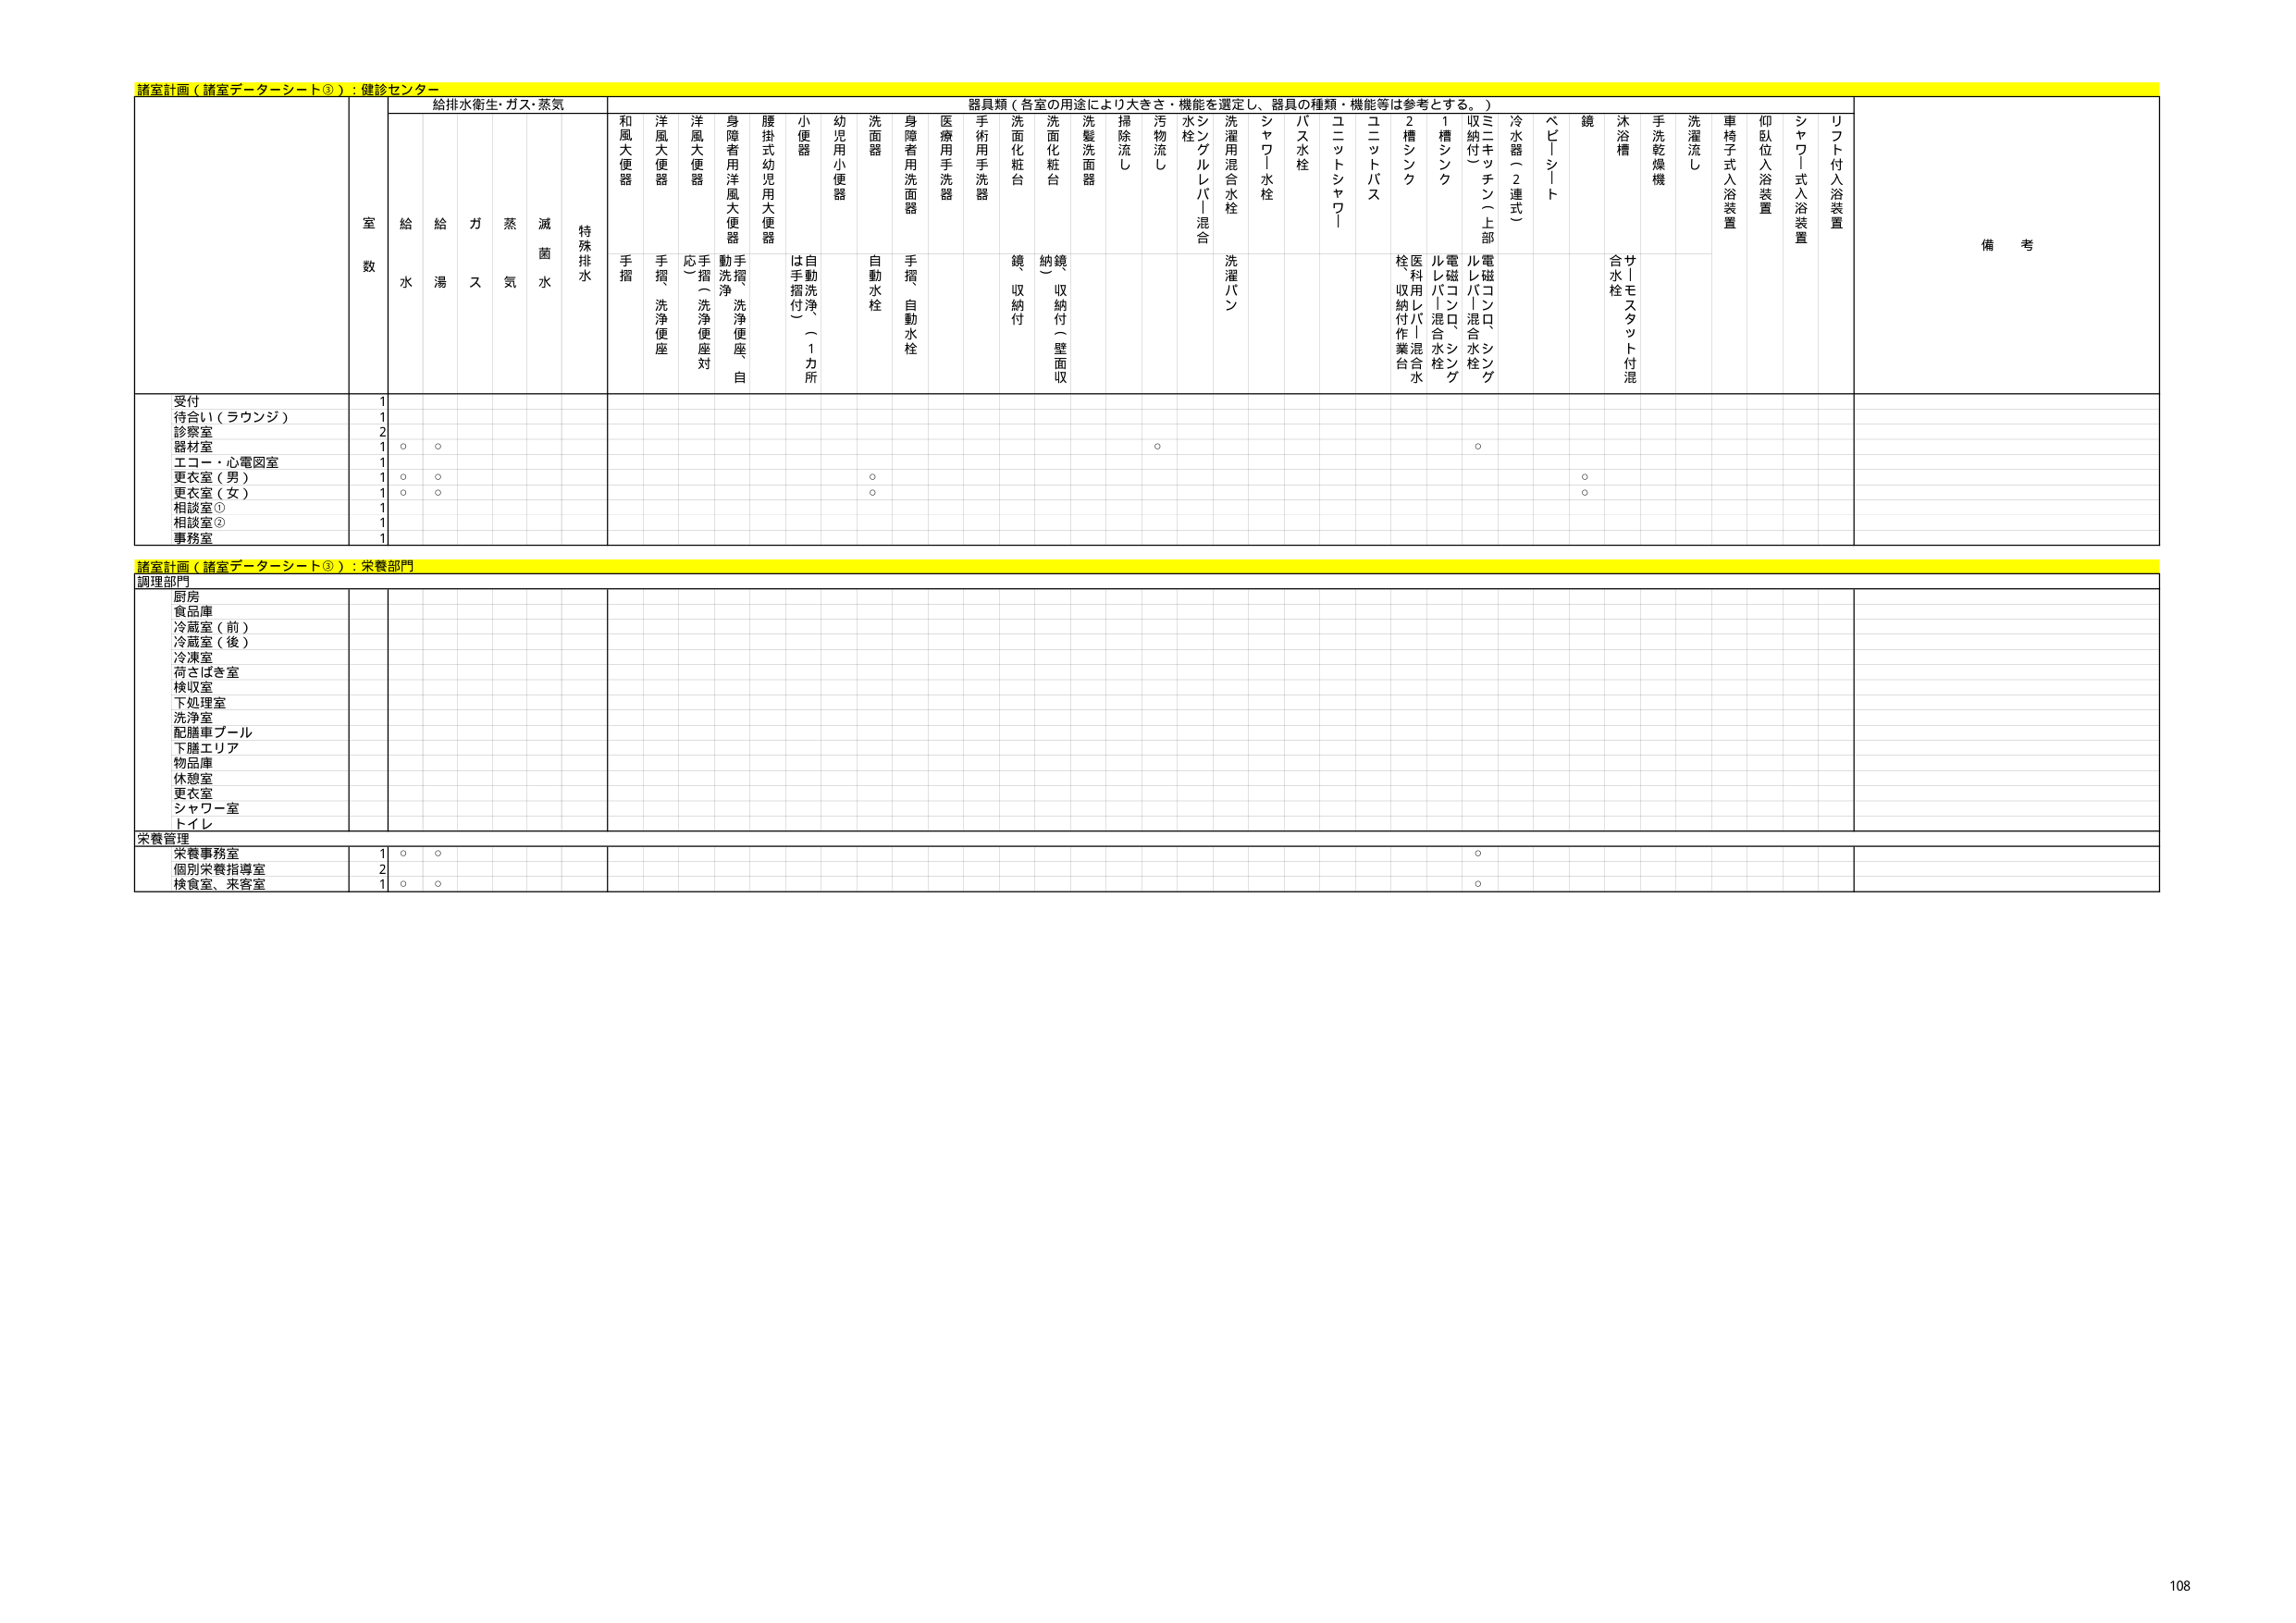
諸室計画（諸室データシート③）：健診センター

室数

給排水衛生・ガス・蒸気

器具類（各室の用途により大きさ・機能を選定し、器具の種類・機能等は参考とする。）

備考

給水
給湯
ガス
蒸気
滅菌水
特殊排水

和風大便器
手摺

洋風大便器
手摺・洗浄便座

洋風大便器
応（手摺）洗浄便座対

身障者用洋風大便器
動洗浄・洗浄便座・自

腰掛式幼児用大便器

小便器
は手摺付（1カ所）

幼児用小便器
自動洗浄

洗面器
自動水栓

身障者用洗面器
手摺・自動水栓

医療用手洗器

手術用手洗器

洗面化粧台
鏡収納付

洗面化粧台
納鏡（収納付・壁面収）

洗髪洗面器

掃除流し

汚物流し

水栓
シンクルレバー混合

洗濯用混合水栓
洗濯パン

シャワー水栓

バス水栓

ユニットシャワー

ユニットバス

2槽シンク
栓・医療用レバー混合水栓収納付作業台

1槽シンク
ルレバー混合水栓

収納付（上部）
電磁コンロ、シンクルレバー混合水栓

ミキッテン（上部）

冷水器（2連式）

ベビーシート

鏡

沐浴槽
サ丨モスタット付混合水栓

手洗乾燥機

洗濯流し

車椅子式入浴装置

仰臥位入浴装置

シャワー式入浴装置

リフト付入浴装置

受付
1

待合い（ラウンジ）
1

診察室
2

器材室
1
○
○
○
○

エコー・心電図室
1

更衣室（男）
1
○
○
○
○

更衣室（女）
1
○
○
○
○

相談室①
1

相談室②
1

事務室
1

諸室計画（諸室データシート③）：栄養部門

調理部門

厨房

食品庫

冷蔵室（前）

冷蔵室（後）

冷凍室

荷さばき室

検収室

下処理室

洗浄室

配膳車プール

下膳エリア

物品庫

休憩室

更衣室

シャワー室

トイレ

栄養管理

栄養事務室
1
○
○
○

個別栄養指導室
2

検食室、来客室
1
○
○
○

108